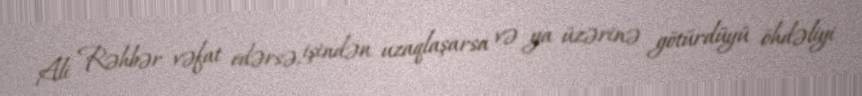
Ali Rəhbər vəfat edərsə, işindən uzaqlaşarsa və ya üzərinə götürdüyü öhdəliyi